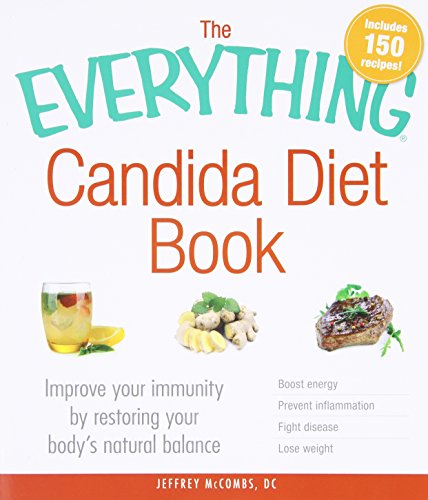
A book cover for The Everything Candida Diet Book: Improve Your Immunity by Restoring Your Body's Natural Balance; Jeffrey McCombs; Health, Fitness & Dieting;